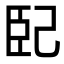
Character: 𭘍